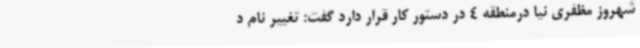
شهروز مظفری نیا درمنطقه 4 در دستور کار قرار دارد گفت: تغییر نام د